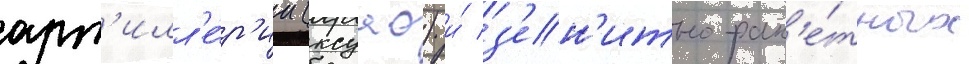
арт'илл'е́р'ии (ксуао) и́ з'ен'итно-рак'е́тных